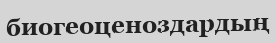
биогеоценоздардың